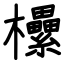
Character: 欙